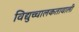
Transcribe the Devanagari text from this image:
विद्युच्चालकतावाली